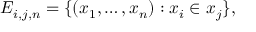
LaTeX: E _ { i , j , n } = \{ ( x _ { 1 } , \ldots , x _ { n } ) : x _ { i } \in x _ { j } \} ,